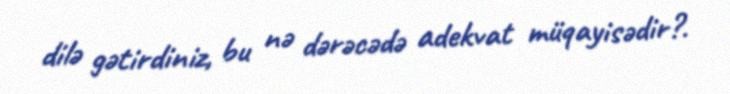
dilə gətirdiniz, bu nə dərəcədə adekvat müqayisədir?.